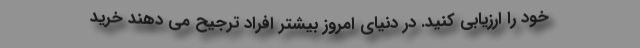
خود را ارزیابی کنید. در دنیای امروز بیشتر افراد ترجیح می دهند خرید